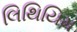
લિથિયિમ